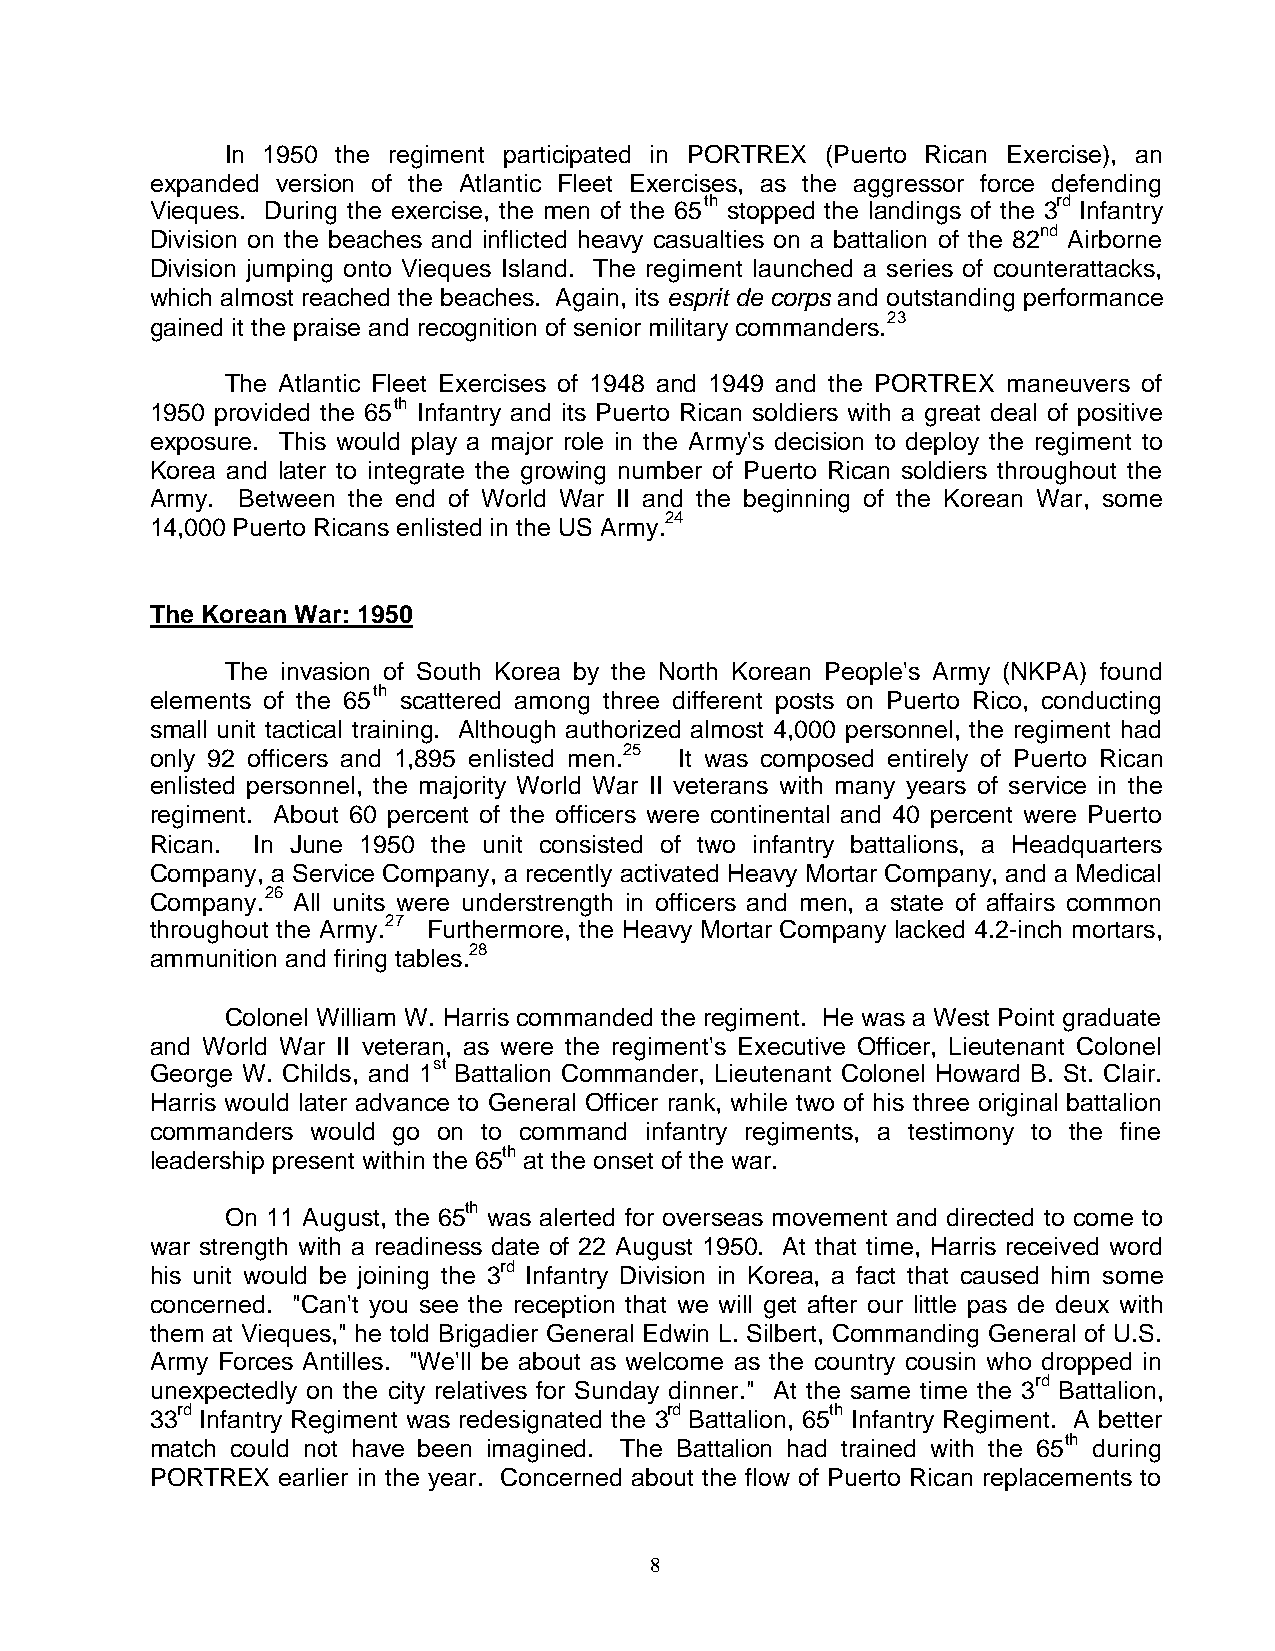
In 1950 the regiment participated in PORTREX (Puerto Rican Exercise), an
 expanded version of the Atlantic Fleet Exercises, as the aggressor force defending
 Vieques. During the exercise, the men of the 65th stopped the landings of the 3rd Infantry
 Division on the beaches and inflicted heavy casualties on a battalion of the 82nd Airborne
 Division jumping onto Vieques Island. The regiment launched a series of counterattacks,
 which almost reached the beaches. Again, its esprit de corps and outstanding performance
 gained it the praise and recognition of senior military commanders.23
 The Atlantic Fleet Exercises of 1948 and 1949 and the PORTREX maneuvers of
 1950 provided the 65th Infantry and its Puerto Rican soldiers with a great deal of positive
 exposure. This would play a major role in the Army's decision to deploy the regiment to
 Korea and later to integrate the growing number of Puerto Rican soldiers throughout the
 Army. Between the end of World War II and the beginning of the Korean War, some
 14,000 Puerto Ricans enlisted in the US Army.24
 The Korean War: 1950
 The invasion of South Korea by the North Korean People's Army (NKPA) found
 elements of the 65th scattered among three different posts on Puerto Rico, conducting
 small unit tactical training. Although authorized almost 4,000 personnel, the regiment had
 only 92 officers and 1,895 enlisted men.25 It was composed entirely of Puerto Rican
 enlisted personnel, the majority World War II veterans with many years of service in the
 regiment. About 60 percent of the officers were continental and 40 percent were Puerto
 Rican. In June 1950 the unit consisted of two infantry battalions, a Headquarters
 Company, a Service Company, a recently activated Heavy Mortar Company, and a Medical
 Company.26 All units were understrength in officers and men, a state of affairs common
 throughout the Army.27 Furthermore, the Heavy Mortar Company lacked 4.2-inch mortars,
 ammunition and firing tables.28
 Colonel William W. Harris commanded the regiment. He was a West Point graduate
 and World War II veteran, as were the regiment's Executive Officer, Lieutenant Colonel
 George W. Childs, and 1st Battalion Commander, Lieutenant Colonel Howard B. St. Clair.
 Harris would later advance to General Officer rank, while two of his three original battalion
 commanders would go on to command infantry regiments, a testimony to the fine
 leadership present within the 65th at the onset of the war.
 On 11 August, the 65th was alerted for overseas movement and directed to come to
 war strength with a readiness date of 22 August 1950. At that time, Harris received word
 his unit would be joining the 3rd Infantry Division in Korea, a fact that caused him some
 concerned. "Can't you see the reception that we will get after our little pas de deux with
 them at Vieques," he told Brigadier General Edwin L. Silbert, Commanding General of U.S.
 Army Forces Antilles. "We'll be about as welcome as the country cousin who dropped in
 unexpectedly on the city relatives for Sunday dinner." At the same time the 3rd Battalion,
 33rd Infantry Regiment was redesignated the 3rd Battalion, 65th Infantry Regiment. A better
 match could not have been imagined. The Battalion had trained with the 65th during
 PORTREX earlier in the year. Concerned about the flow of Puerto Rican replacements to
 8